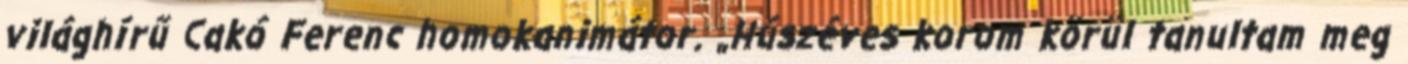
világhírű Cakó Ferenc homokanimátor. „Húszéves korom körül tanultam meg